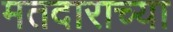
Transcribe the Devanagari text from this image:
मतदाराच्या